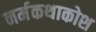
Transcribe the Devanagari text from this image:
नर्मकथाकोश